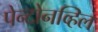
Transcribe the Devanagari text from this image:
पेन्टोनव्हिल